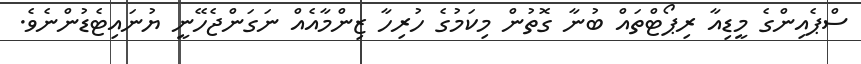
ސްޕެއިންގެ މީޑިއާ ރިޕޯޓްތައް ބުނާ ގޮތުން މިކަމުގެ ހުރިހާ ޒިންމާއެއް ނަގަންޖެހޭނީ ޔުނައިޓެޑުންނެވެ.